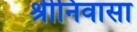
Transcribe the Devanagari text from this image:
श्रीनिवासा